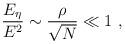
LaTeX: \begin{align*}\frac{E_{\eta}}{E^{2}} \sim \frac{\rho}{\sqrt{N}} \ll 1\ ,\end{align*}